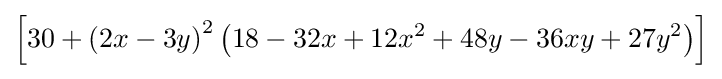
\left[30+\left(2x-3y\right)^{2}\left(18-32x+12x^{2}+48y-36xy+27y^{2}\right)\right]